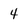
Character: 4